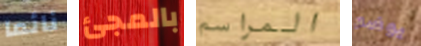
نائما بالمجئ المراسم يوضع